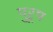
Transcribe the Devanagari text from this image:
पुऱूष